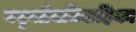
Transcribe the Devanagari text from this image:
यकृतीयनिवाहिका